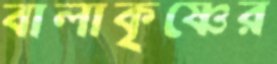
বালাকৃষ্ণের